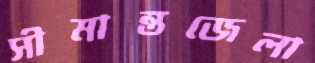
সীমান্তজেলা